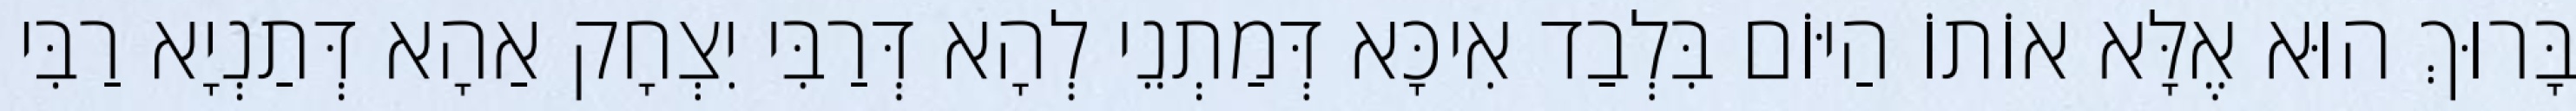
בָּרוּךְ הוּא אֶלָּא אוֹתוֹ הַיּוֹם בִּלְבַד אִיכָּא דְּמַתְנֵי לְהָא דְּרַבִּי יִצְחָק אַהָא דְּתַנְיָא רַבִּי